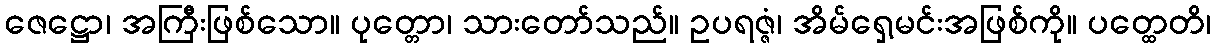
ဇေဋ္ဌော၊ အကြီးဖြစ်သော။ ပုတ္တော၊ သားတော်သည်။ ဥပရဇ္ဇံ၊ အိမ်ရှေ့မင်းအဖြစ်ကို။ ပတ္ထေတိ၊